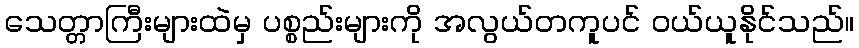
သေတ္တာကြီးများထဲမှ ပစ္စည်းများကို အလွယ်တကူပင် ဝယ်ယူနိုင်သည်။